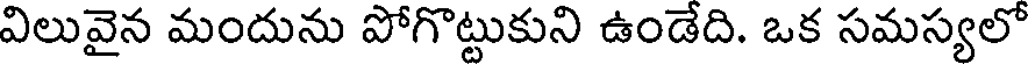
విలువైన మందును పోగొట్టుకుని ఉండేది. ఒక సమస్యలో